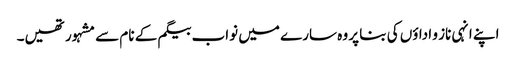
اپنے انہی ناز و اداؤں کی بنا پر وہ سارے میں نواب بیگم کے نام سے مشہور تھیں۔